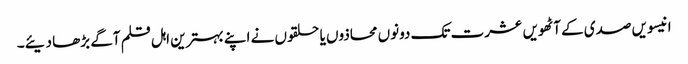
انیسویں صدی کے آٹھویں عشرت تک دونوں محاذوں یا حلقوں نے اپنے بہترین اہل قلم آگے بڑھا دیئے۔